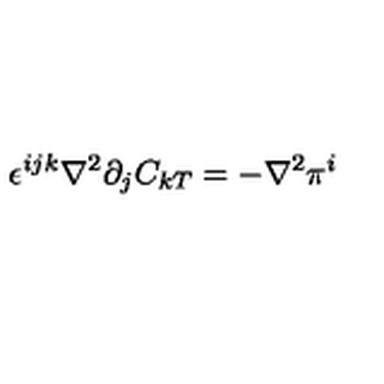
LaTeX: \epsilon ^ { i j k } \nabla ^ { 2 } \partial _ { j } C _ { k T } = - \nabla ^ { 2 } \pi ^ { i }